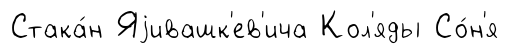
Стака́н Яjивашк'ев'ича Кол'яды Со́н'я